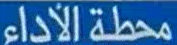
محطةالاداء